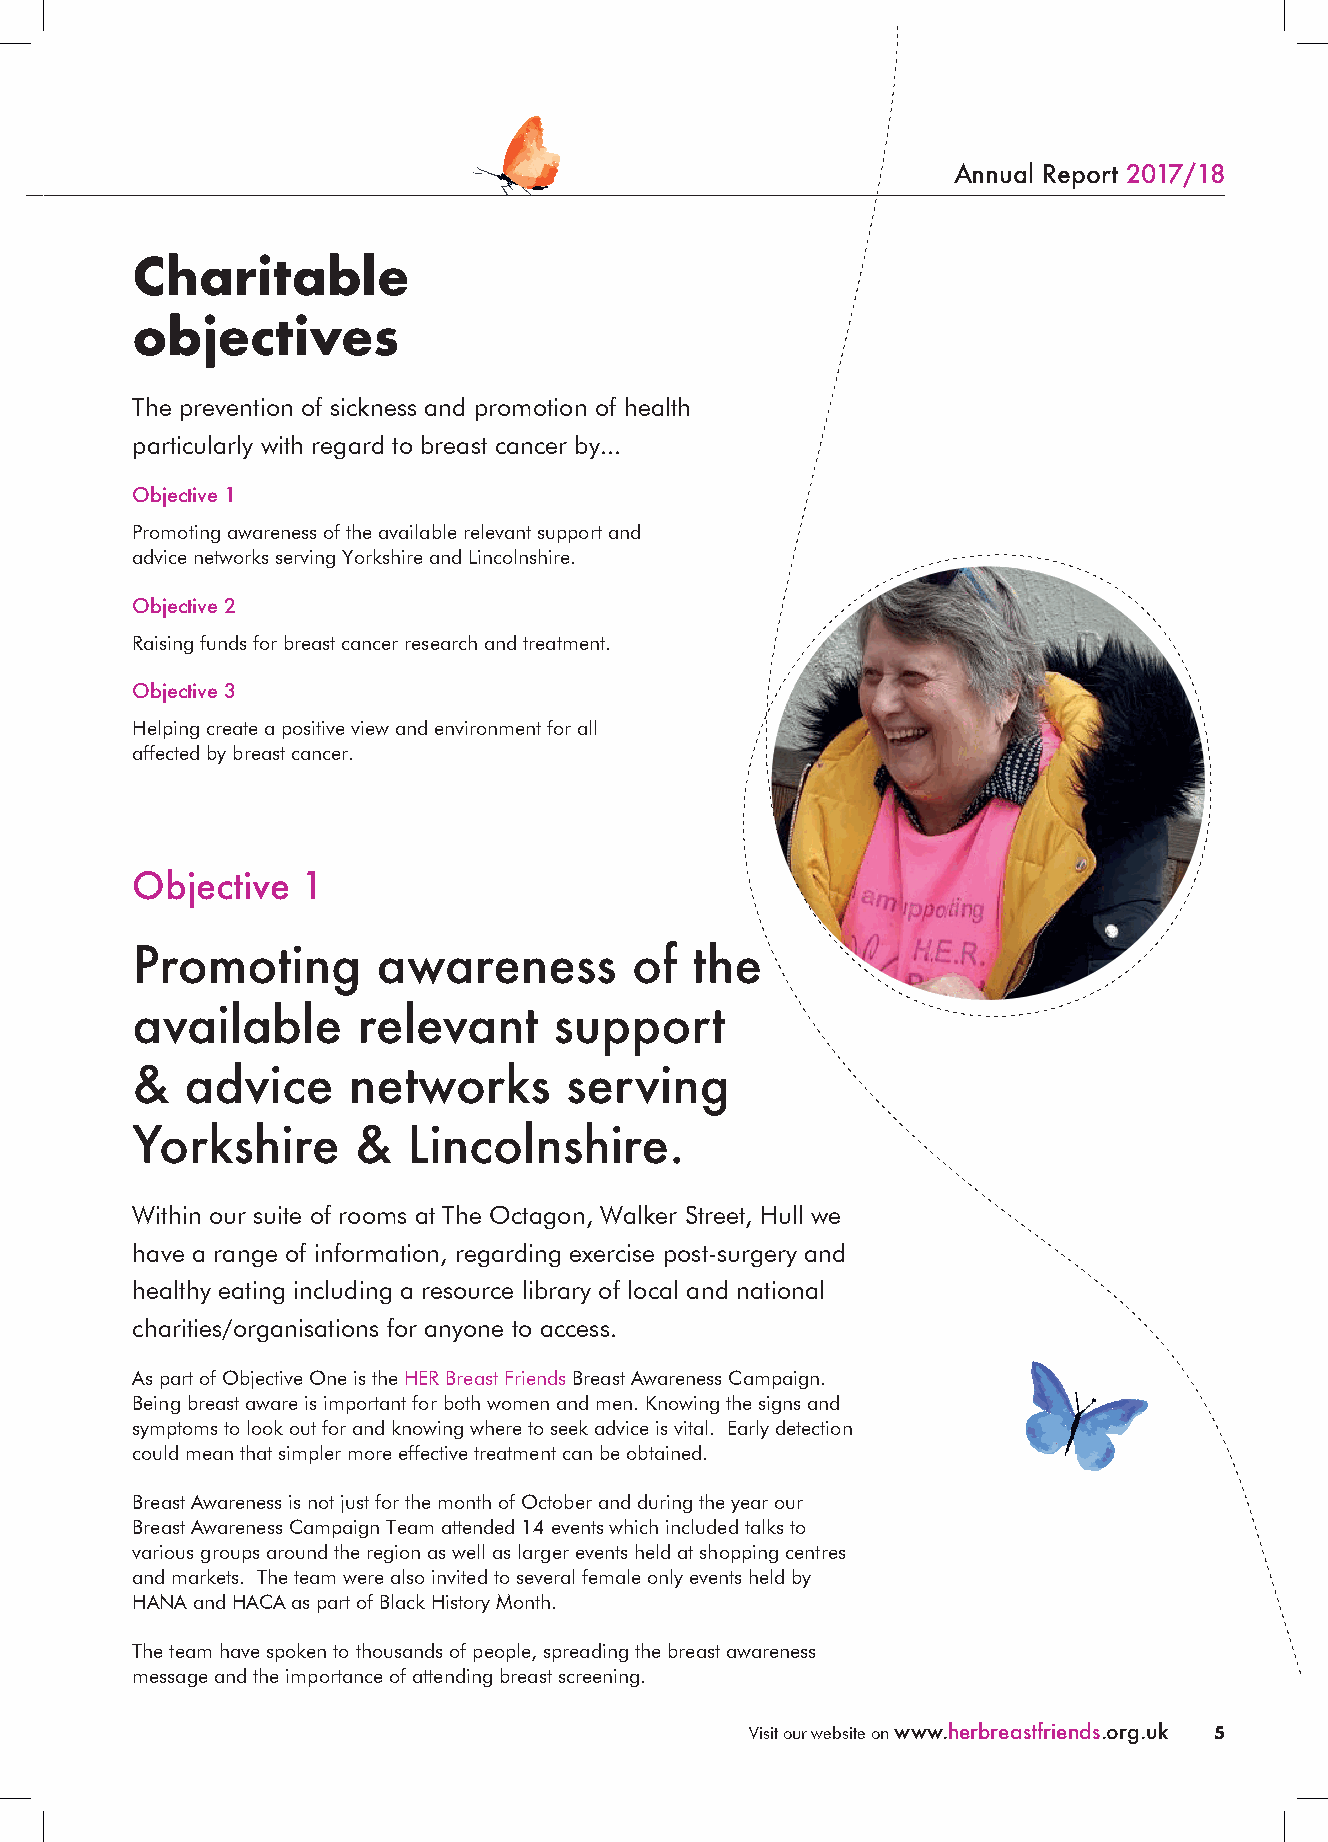
Annual Report 2017/18
 Charitable
 objectives
 The prevention of sickness and promotion of health
 particularly with regard to breast cancer by...
 Objective 1
 Promoting awareness of the available relevant support and
 advice networks serving Yorkshire and Lincolnshire.
 Objective 2
 Raising funds for breast cancer research and treatment.
 Objective 3
 Helping create a positive view and environment for all
 affected by breast cancer.
 Objective  1
 Promoting       awareness        of  the
 available      relevant     support
 &  advice     networks      serving
 Yorkshire      &  Lincolnshire.
 Within our suite of rooms at The Octagon, Walker Street, Hull we
 have a range of information, regarding exercise post-surgery and
 healthy eating including a resource library of local and national
 charities/organisations for anyone to access.
 As part of Objective One is the HER Breast Friends Breast Awareness Campaign.
 Being breast aware is important for both women and men. Knowing the signs and
 symptoms to look out for and knowing where to seek advice is vital. Early detection
 could mean that simpler more effective treatment can be obtained.
 Breast Awareness is not just for the month of October and during the year our
 Breast Awareness Campaign Team attended 14 events which included talks to
 various groups around the region as well as larger events held at shopping centres
 and markets. The team were also invited to several female only events held by
 HANA and HACA as part of Black History Month.
 The team have spoken to thousands of people, spreading the breast awareness
 message and the importance of attending breast screening.
 Visit our website on www.herbreastfriends.org.uk 5